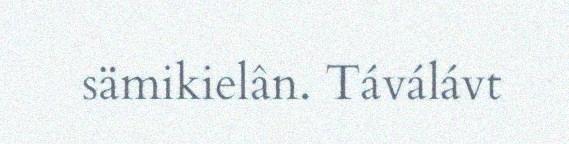
sämikielân. Táválávt